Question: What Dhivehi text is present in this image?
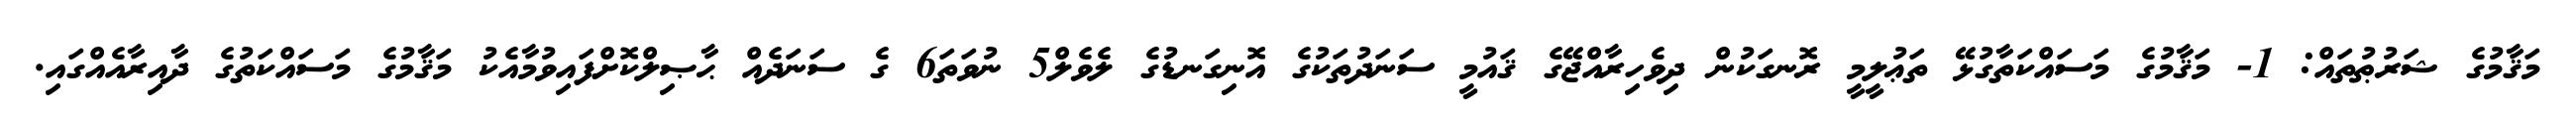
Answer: މަޤާމުގެ ޝަރުޠުތައް: 1- މަޤާމުގެ މަސައްކަތާގުޅޭ ތަޢުލީމީ ރޮނގަކުން ދިވެހިރާއްޖޭގެ ޤައުމީ ސަނަދުތަކުގެ އޮނިގަނޑުގެ ލެވެލް5 ނުވަތަ6 ގެ ސަނަދެއް ޙާޞިލްކޮށްފައިވުމާއެކު މަޤާމުގެ މަސައްކަތުގެ ދާއިރާއެއްގައި.